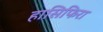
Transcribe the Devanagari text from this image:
हासिफिरा